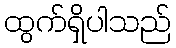
ထွက်ရှိပါသည်